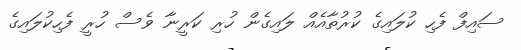
ސައިފް ފެހި ކުލައިގެ ކުރުތާއެއް ލައިގެން ހުރި ކަރީނާ ވެސް ހުރީ ފެހިކުލައިގެ